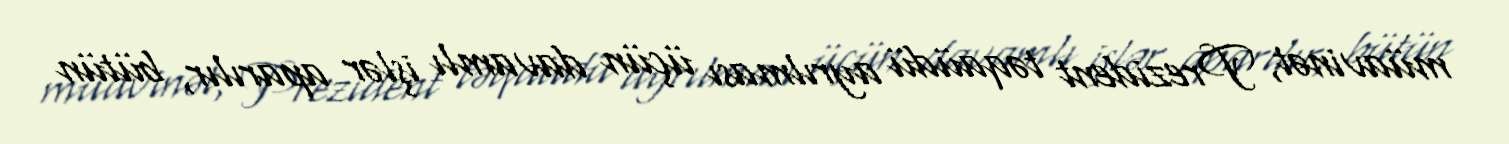
müavinət, Prezident təqaüdü ayrılması üçün davamlı işlər aparılır, bütün